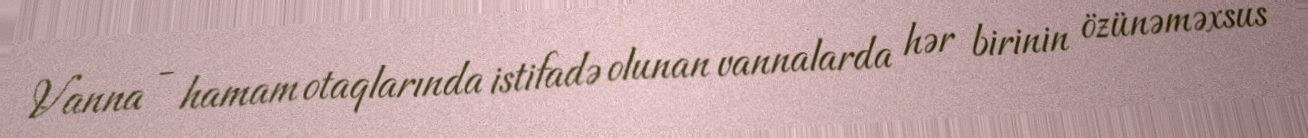
Vanna - hamam otaqlarında istifadə olunan vannalarda hər birinin özünəməxsus